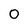
Character: 0